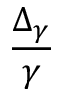
\frac { \Delta _ { \gamma } } { \gamma }